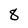
Character: 8